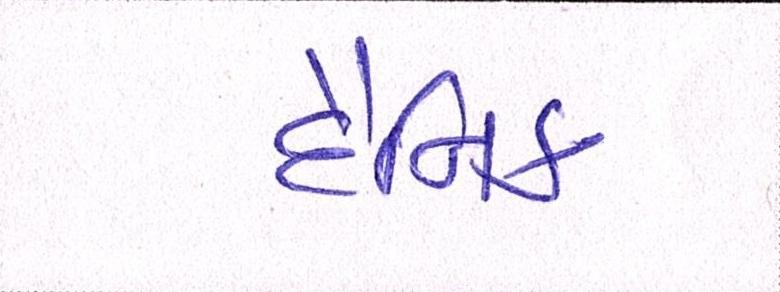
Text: દૈનિક